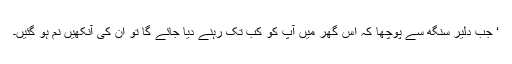
‘ جب دلیر سنگھ سے پوچھا کہ اس گھر میں آپ کو کب تک رہنے دیا جائے گا تو ان کی آنکھیں نم ہو گئیں۔